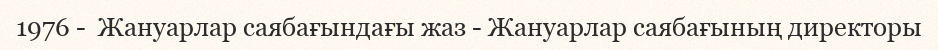
1976 -  Жануарлар саябағындағы жаз - Жануарлар саябағының директоры